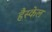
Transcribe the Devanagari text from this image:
हैस्केल